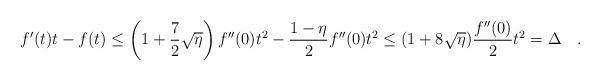
LaTeX: \begin{align*}f'(t)t-f(t)\leq \left(1+\frac{7}{2}\sqrt{\eta}\right)f''(0)t^2-\frac{1-\eta}{2}f''(0)t^2\leq (1+8\sqrt{\eta})\frac{f''(0)}{2}t^2=\Delta\quad.\end{align*}